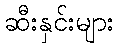
ဆီးနှင်းများ